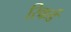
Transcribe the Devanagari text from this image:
रिकर्ड